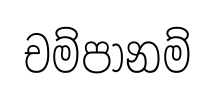
චම්පානම්